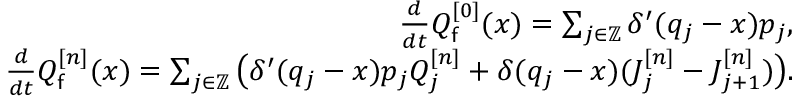
\begin{array} { r l r } & { } & { \frac { d } { d t } Q _ { \mathsf { f } } ^ { [ 0 ] } ( x ) = \sum _ { j \in \mathbb { Z } } \delta ^ { \prime } ( q _ { j } - x ) p _ { j } , } \\ & { } & { \frac { d } { d t } Q _ { \mathsf { f } } ^ { [ n ] } ( x ) = \sum _ { j \in \mathbb { Z } } \big ( \delta ^ { \prime } ( q _ { j } - x ) p _ { j } Q _ { j } ^ { [ n ] } + \delta ( q _ { j } - x ) ( J _ { j } ^ { [ n ] } - J _ { j + 1 } ^ { [ n ] } ) \big ) . } \end{array}